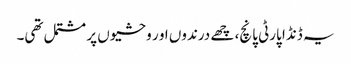
یہ ڈنڈا پارٹی پانچ، چھے درندوں او ر وحشیوں پر مشتمل تھی۔